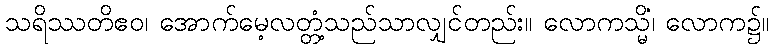
သရိဿတိဧဝ၊ အောက်မေ့လတ္တံ့သည်သာလျှင်တည်း။ လောကသ္မိံ၊ လောက၌။